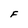
Character: F